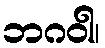
ဘဂဝါ၊